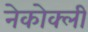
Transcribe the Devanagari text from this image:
नेकोक्ली